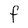
Character: f